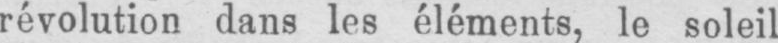
révolution dans les éléments, le soleil